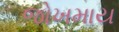
જોખમાય